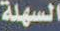
السهلة